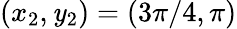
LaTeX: (x_{2},\mathit{y}_{2})=(3\pi/4,\pi)